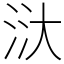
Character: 𣴘